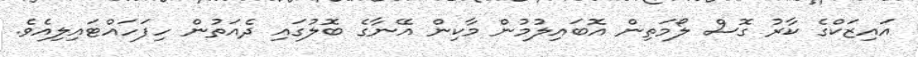
އައިޒަކްގެ ކާރު ގޮސް ލޯމަތިން އޮބައިލުމުން މާކިން އޭނާގެ ބޮލުގައި ދެއަތުން ހިފަހައްޓައިލިއެވެ.